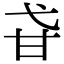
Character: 𤮼